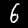
Label: 6